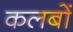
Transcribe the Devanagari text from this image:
कलबों